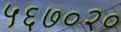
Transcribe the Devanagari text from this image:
५६७०२०